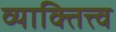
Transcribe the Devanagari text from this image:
व्याक्तित्त्व